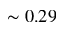
\sim 0 . 2 9